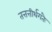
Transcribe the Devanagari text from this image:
तत्तत्तीर्थगतैः